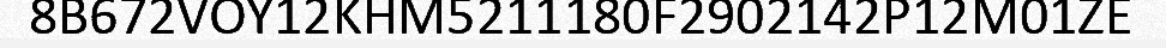
8B672VOY12KHM5211180F2902142P12M01ZE